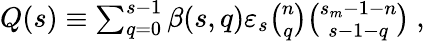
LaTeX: \begin{array}{r}{Q(s)\equiv\sum_{q=0}^{s-1}\beta(s,q)\varepsilon_{s}{\binom{n}{q}}{\binom{s_{m}-1-n}{s-1-q}}~,}\end{array}